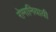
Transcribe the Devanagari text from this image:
रोमानियायी